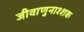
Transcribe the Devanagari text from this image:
जीवाणुनाश्शक